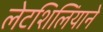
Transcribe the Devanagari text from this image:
लेटशिलिंयाने